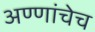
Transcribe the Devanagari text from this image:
अण्णांचेच